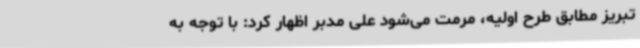
تبریز مطابق طرح اولیه، مرمت می‌شود علی مدبر اظهار کرد: با توجه به